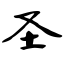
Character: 圣